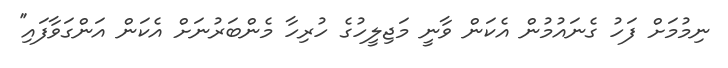
ނިމުމަށް ފަހު ގެނައުމުން އެކަން ވާނީ މަޖިލީހުގެ ހުރިހާ މެންބަރުނަށް އެކަން އަންގަވާފައި''